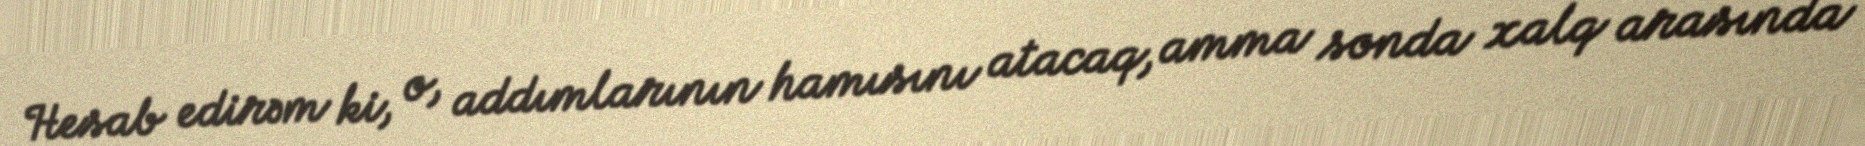
Hesab edirəm ki, o, addımlarının hamısını atacaq, amma sonda xalq arasında